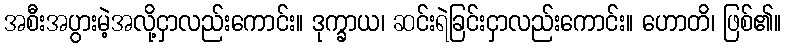
အစီးအပွားမဲ့အလို့ငှာလည်းကောင်း။ ဒုက္ခာယ၊ ဆင်းရဲခြင်းငှာလည်းကောင်း။ ဟောတိ၊ ဖြစ်၏။